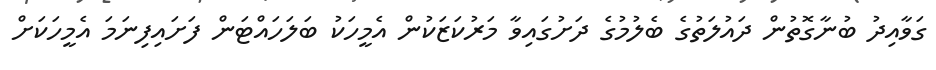
ގަވާއިދު ބުނާގޮތުން ދައުލަތުގެ ބެލުމުގެ ދަށުގައިވާ މަރުކަޒަކުން އެމީހަކު ބަލަހައްޓަން ފަށައިފިނަމަ އެމީހަކަށް